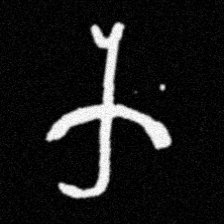
Pyu character \u2014 Myanmar letter: က (romanized: ka)